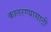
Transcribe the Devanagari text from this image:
कातरण्यासाठी